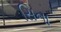
સિના